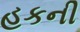
હકની